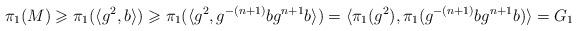
LaTeX: \begin{align*}\pi_1(M)\geqslant\pi_1(\langle g^2,b\rangle)\geqslant\pi_1(\langle g^2,g^{-(n+1)}bg^{n+1}b\rangle)=\langle\pi_1(g^2),\pi_1(g^{-(n+1)}bg^{n+1}b)\rangle=G_1\end{align*}